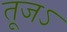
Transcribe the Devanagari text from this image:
तूजऽ